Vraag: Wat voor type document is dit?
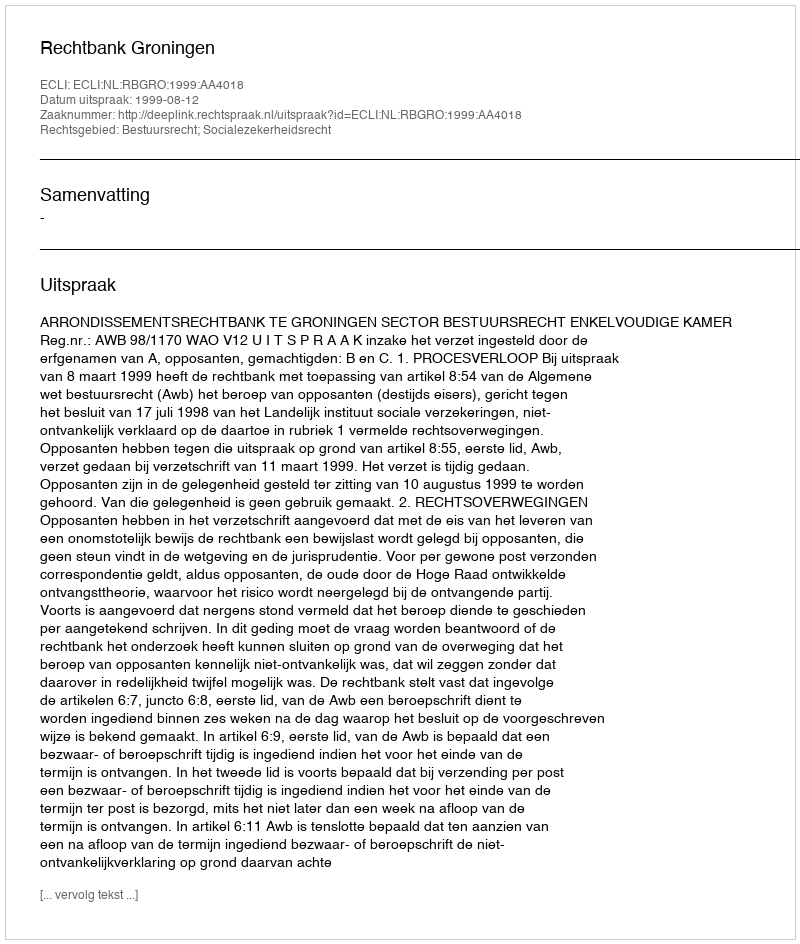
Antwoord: Uitspraak